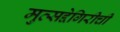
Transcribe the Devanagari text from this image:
मुत्सद्देगिरीची